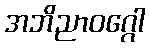
အဘိညာဝဂ္ဂေါ